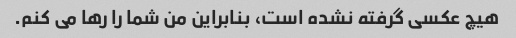
هیچ عکسی گرفته نشده است، بنابراین من شما را رها می کنم.